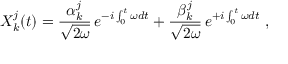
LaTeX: X _ { k } ^ { j } ( t ) = { \frac { \alpha _ { k } ^ { j } } { \sqrt { 2 \omega } } } \, e ^ { - i \int _ { 0 } ^ { t } \omega d t } + { \frac { \beta _ { k } ^ { j } } { \sqrt { 2 \omega } } } \, e ^ { + i \int _ { 0 } ^ { t } \omega d t } \ ,